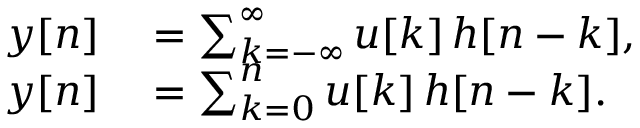
\begin{array} { r l } { y [ n ] } & { { } = \sum _ { k = - \infty } ^ { \infty } u [ k ] \, h [ n - k ] , } \\ { y [ n ] } & { { } = \sum _ { k = 0 } ^ { n } u [ k ] \, h [ n - k ] . } \end{array}